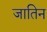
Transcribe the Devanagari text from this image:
जातिन